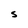
Character: S